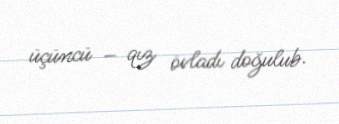
üçüncü – qız övladı doğulub.